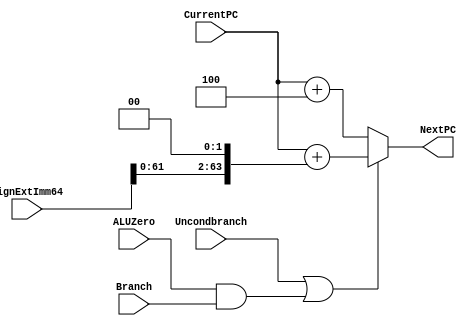
module NextPClogic(NextPC, CurrentPC, SignExtImm64, Branch, ALUZero, Uncondbranch); 
	input [63:0] CurrentPC, SignExtImm64;
	input Branch, ALUZero, Uncondbranch; 
	output reg [63:0] NextPC; //made a reg so I can do behavioral stuff

	/* write your code here */ 

	wire doBranch; //if this is 1, we branch. if it's 0, we don't branch
	wire [63:0] shiftedImm; //the offset, shifted so we're counting by 4s (1 instruction = 4 bytes)

	assign doBranch =  Uncondbranch | (ALUZero & Branch); //this'll need to be expanded if CBNZ instructions are added
	assign shiftedImm = SignExtImm64 << 2;

	always @(*) begin
		if(doBranch) NextPC = CurrentPC + shiftedImm; //not sure if the 64'h is necessary
		else NextPC = CurrentPC + 4;
	end


endmodule